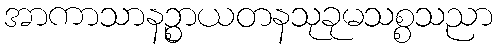
အာကာသာနဉ္စာယတနသုခုမသစ္စသညာ